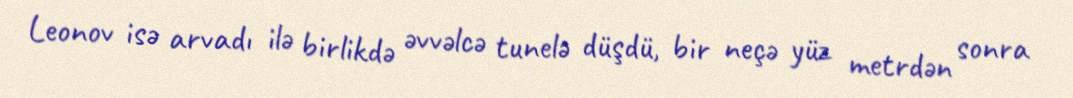
Leonov isə arvadı ilə birlikdə əvvəlcə tunelə düşdü, bir neçə yüz metrdən sonra